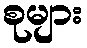
စုများ